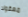
معقولا